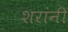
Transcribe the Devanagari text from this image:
शरांनी